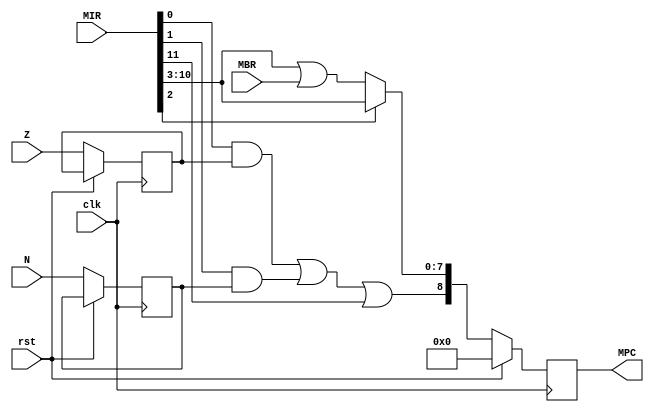
module controlpath(
	clk,
	rst,
	N,
	Z,
	MBR,
	MIR,
	MPC
);

	input N, Z, clk, rst; 
	input [7:0] MBR; 
	output reg [8:0] MPC;
	input [35:24] MIR; 

	wire [8:0] next_addr;
	wire jump, jumpN, jumpZ;
	
	assign next_addr = MIR[35:27];
	assign jump = MIR[26];
	assign jumpN = MIR[25];
	assign jumpZ = MIR[24];

	reg N_s, Z_s;

	wire high_bit;
	assign high_bit = (jumpZ && Z_s) || (jumpN && N_s) || next_addr[8];


	always @(posedge clk) 
	begin
		if (rst)
			MPC <= 0;
		else 
		begin
			// load new MPC:
			N_s <= N;
			Z_s <= Z;
			if (jump )
				MPC <= { high_bit, next_addr[7:0] }; 
			else
				MPC <= { high_bit, next_addr[7:0] | MBR}; 
		end
	end

endmodule